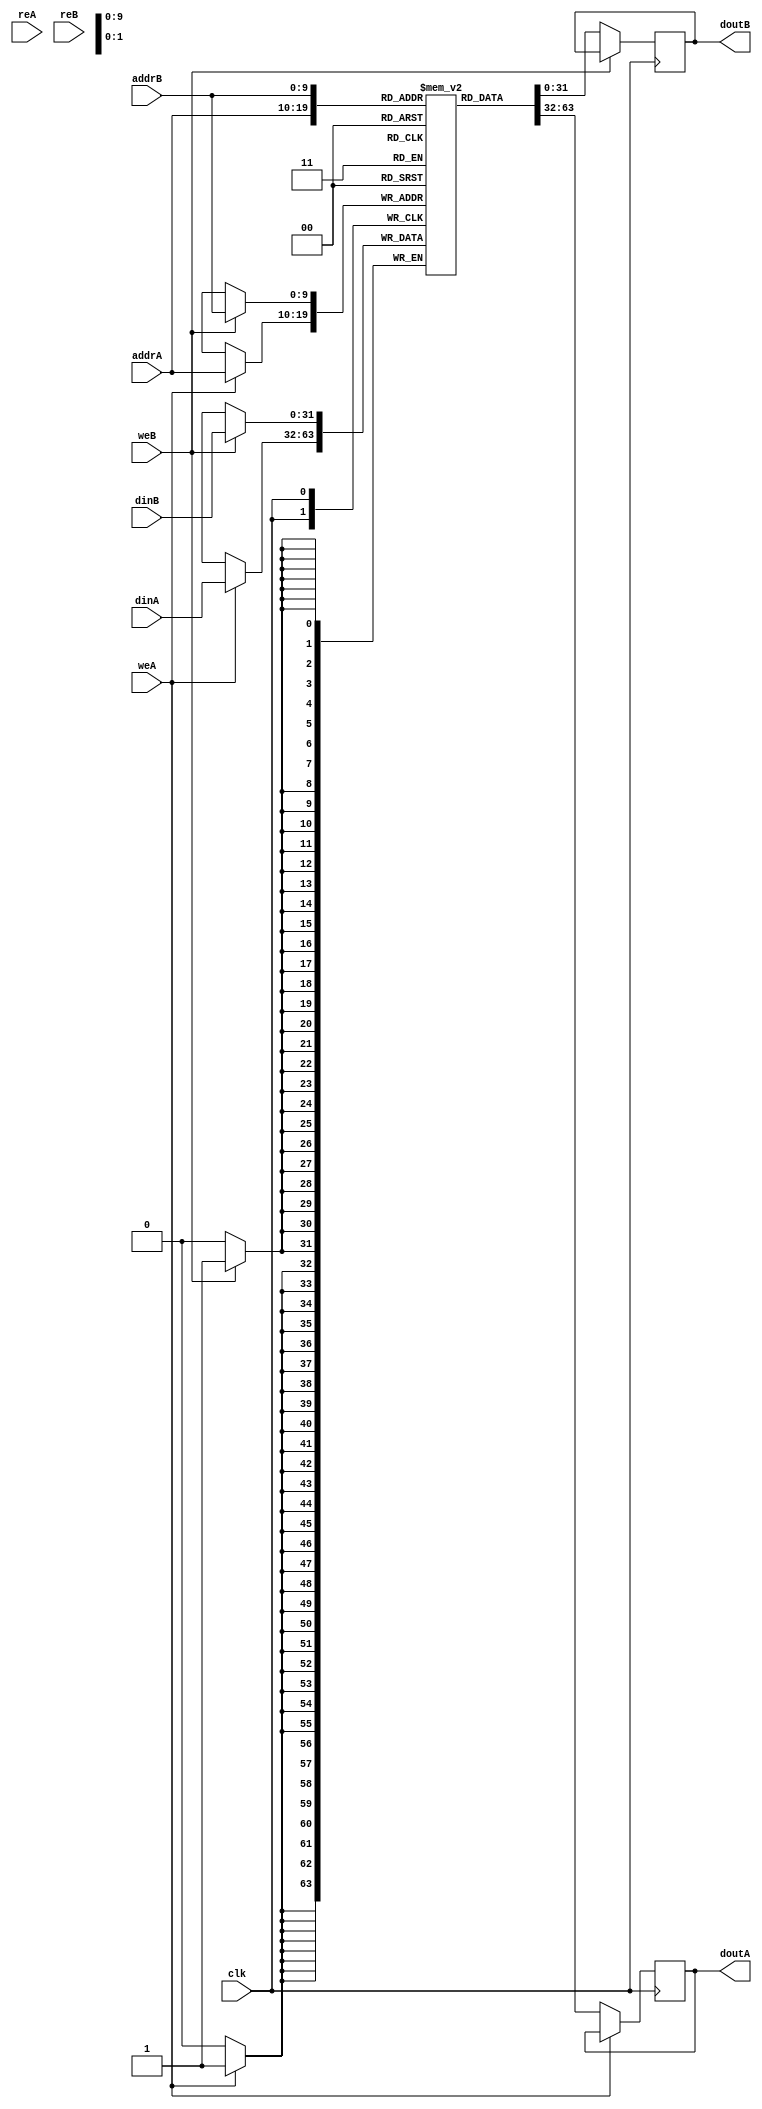
module ram_true_dp_out_reg_1024x32_neg (clk, weA, weB,reA, reB, addrA, addrB, dinA, dinB, doutA, doutB);
    input clk, weA, weB, reA, reB;
    input [9:0] addrA, addrB;
    input [31:0] dinA, dinB;
    output reg [31:0] doutA, doutB;
    
    reg [31:0] ram [1023:0];
    always @(negedge clk)
    begin
        if (weA)
            ram[addrA] <= dinA;
        else
            doutA <= ram[addrA];
    end

    always @(negedge clk)
    begin
        if (weB)
            ram[addrB] <= dinB;
        else
            doutB <= ram[addrB];
    end

endmodule